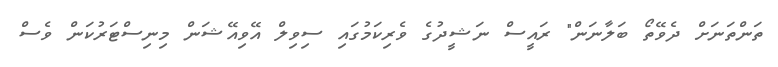
ތަންތަނަށް ދެވޭތޯ ބަލާނަން" ރައީސް ނަޝީދުގެ ވެރިކަމުގައި ސިވިލް އޭވިއޭޝަން މިނިސްޓަރުކަން ވެސް